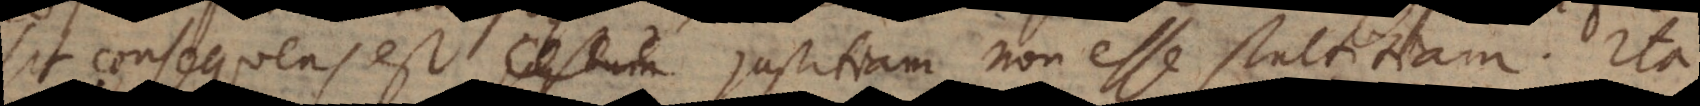
sit, consequens est justitiam non esse stultitiam. Ita